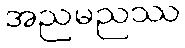
အညမညဿ